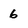
Character: 6